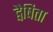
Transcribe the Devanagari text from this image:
द्वैषिता